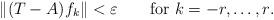
LaTeX: \begin{align*} \|(T-A)f_{k}\|<\varepsilon \qquad\hbox{for $k=-r,\dots ,r$.}\end{align*}